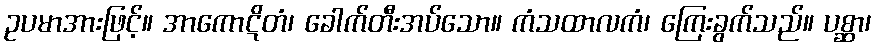
ဥပမာအားဖြင့်။ အာကောဋိတံ၊ ခေါက်တီးအပ်သော။ ကံသထာလကံ၊ ကြေးခွက်သည်။ ပစ္ဆာ၊